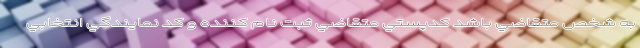
به شخص متقاضي باشد كدپستي متقاضي ثبت نام كننده و كد نمايندگي انتخابي